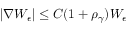
| \nabla W _ { \epsilon } | \le C ( 1 + \rho _ { \gamma } ) W _ { \epsilon }